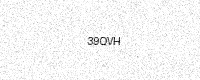
Text: 39QVH